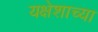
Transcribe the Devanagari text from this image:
यक्षेशाच्या